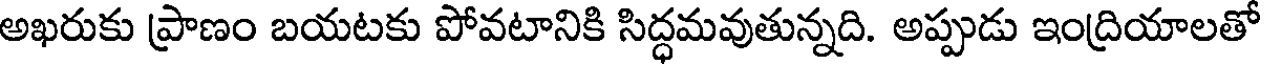
అఖరుకు ప్రాణం బయటకు పోవటానికి సిద్ధమవుతున్నది. అప్పుడు ఇంద్రియాలతో